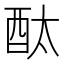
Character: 酞